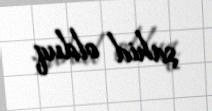
şahid olduq.